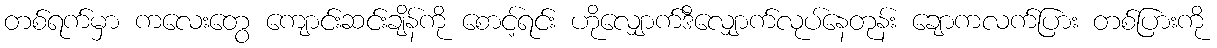
တစ်ရက်မှာ ကလေးတွေ ကျောင်းဆင်းချိန်ကို စောင့်ရင်း ဟိုလျှောက်ဒီလျှောက်လုပ်နေတုန်း ချောကလက်ပြား တစ်ပြားကို